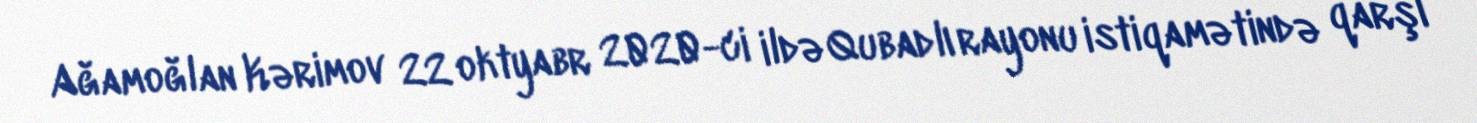
Ağamoğlan Kərimov 22 oktyabr 2020-ci ildə Qubadlı rayonu istiqamətində qarşı